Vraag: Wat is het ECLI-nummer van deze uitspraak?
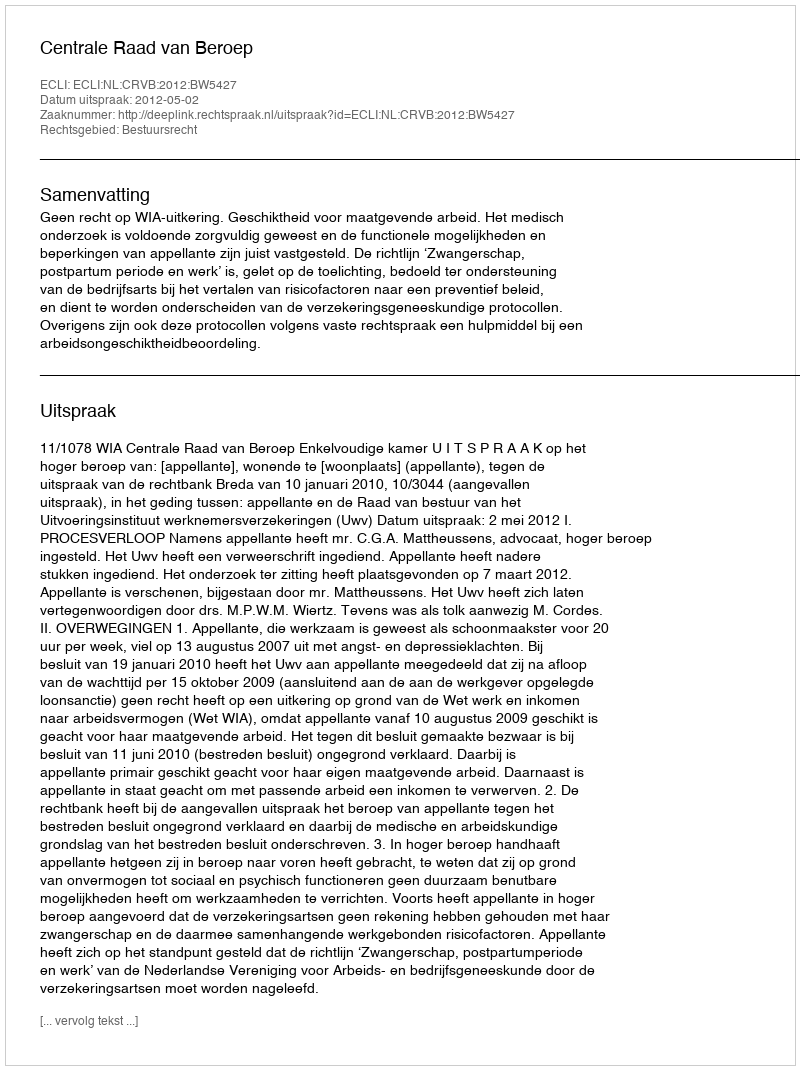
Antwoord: ECLI:NL:CRVB:2012:BW5427